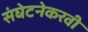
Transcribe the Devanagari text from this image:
संघेटनेकरवी